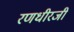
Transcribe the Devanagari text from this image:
रणधीरजी